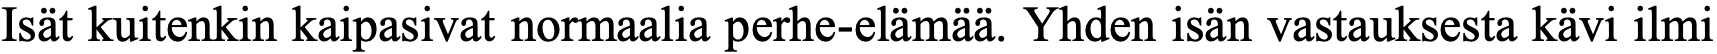
Isät kuitenkin kaipasivat normaalia perhe-elämää. Yhden isän vastauksesta kävi ilmi